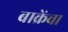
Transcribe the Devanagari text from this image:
बाक्रेंचा